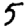
Digit: 5